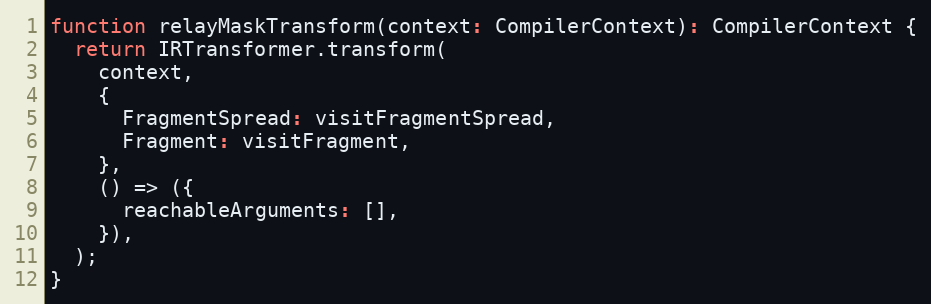
Language: JavaScript
function relayMaskTransform(context: CompilerContext): CompilerContext {
  return IRTransformer.transform(
    context,
    {
      FragmentSpread: visitFragmentSpread,
      Fragment: visitFragment,
    },
    () => ({
      reachableArguments: [],
    }),
  );
}